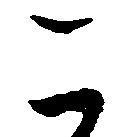
こ